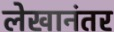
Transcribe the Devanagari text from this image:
लेखानंतर